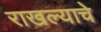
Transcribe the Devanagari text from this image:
राखल्याचे